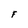
Character: F